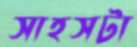
সাহসটা